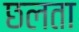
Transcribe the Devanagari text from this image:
छलता